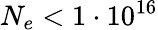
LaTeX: N_{e}<1\cdot 10^{16}